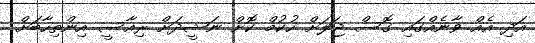
އަދި އެއް ވާނެއްގައި ގޮސް ޖަލަށް ހުކުމް ކޮށް ނަޝީދަށް ރިއާސީ އިންތިހާބަށް